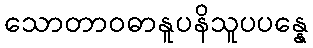
သောတာဝဓာနူပနိသူပပန္နေ